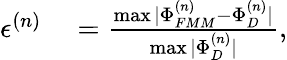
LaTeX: \begin{array}{rl}{\epsilon^{(n)}}&{{}=\frac{\operatorname*{max}|\Phi_{FMM}^{(n)}-\Phi_{D}^{(n)}|}{\operatorname*{max}|\Phi_{D}^{(n)}|},}\end{array}